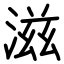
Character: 滋